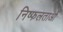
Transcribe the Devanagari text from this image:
निष्फलताओं